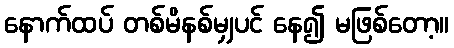
နောက်ထပ် တစ်မိနစ်မျှပင် နေ၍ မဖြစ်တော့။